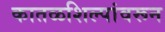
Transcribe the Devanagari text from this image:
कातळशिल्पांवरून